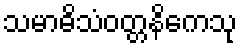
သမာဓိသံဝတ္တနိကေသု